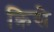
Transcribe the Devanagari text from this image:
क्रिसे